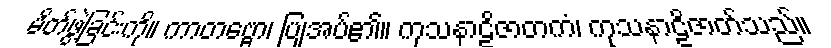
မိတ်ဖွဲ့ခြင်းကို။ ကာတဗ္ဗော၊ ပြုအပ်၏။ ကုသနာဠိဇာတကံ၊ ကုသနာဠိဇာတ်သည်။